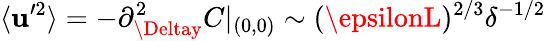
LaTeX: \langle\mathbf{u}^{\prime2}\rangle=-\partial_{\Deltay}^{2}C|_{(0,0)}\sim(\epsilonL)^{2/3}\delta^{-1/2}